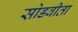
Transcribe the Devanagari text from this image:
सोडवीता